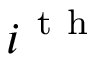
i ^ { \mathrm { ~ t ~ h ~ } }